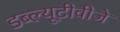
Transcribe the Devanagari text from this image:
डब्ल्यूटीवीजे